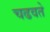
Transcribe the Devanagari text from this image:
चढवते